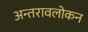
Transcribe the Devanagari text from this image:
अन्तरावलोकन